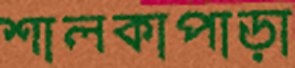
শালকাপাড়া